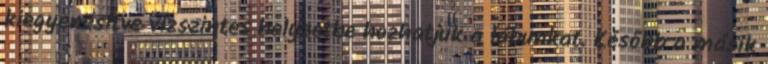
kiegyenesítve vízszintes helyzetbe hozhatjuk a lábunkat. Később a másik